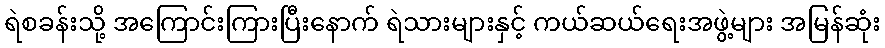
ရဲစခန်းသို့ အကြောင်းကြားပြီးနောက် ရဲသားများနှင့် ကယ်ဆယ်ရေးအဖွဲ့များ အမြန်ဆုံး